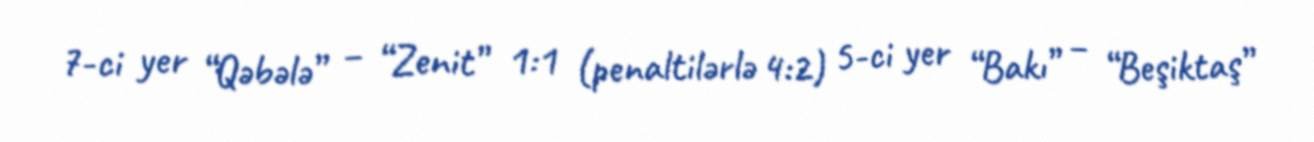
7-ci yer “Qəbələ” – “Zenit” 1:1 (penaltilərlə 4:2) 5-ci yer “Bakı” – “Beşiktaş”